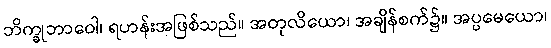
ဘိက္ခုဘာဝေါ၊ ရဟန်းအဖြစ်သည်။ အတုလိယော၊ အချိန်စက်၌။ အပ္ပမေယော၊